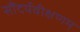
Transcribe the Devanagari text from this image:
सौंदर्यवीक्षणम्